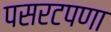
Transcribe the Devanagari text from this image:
पसरटपणा